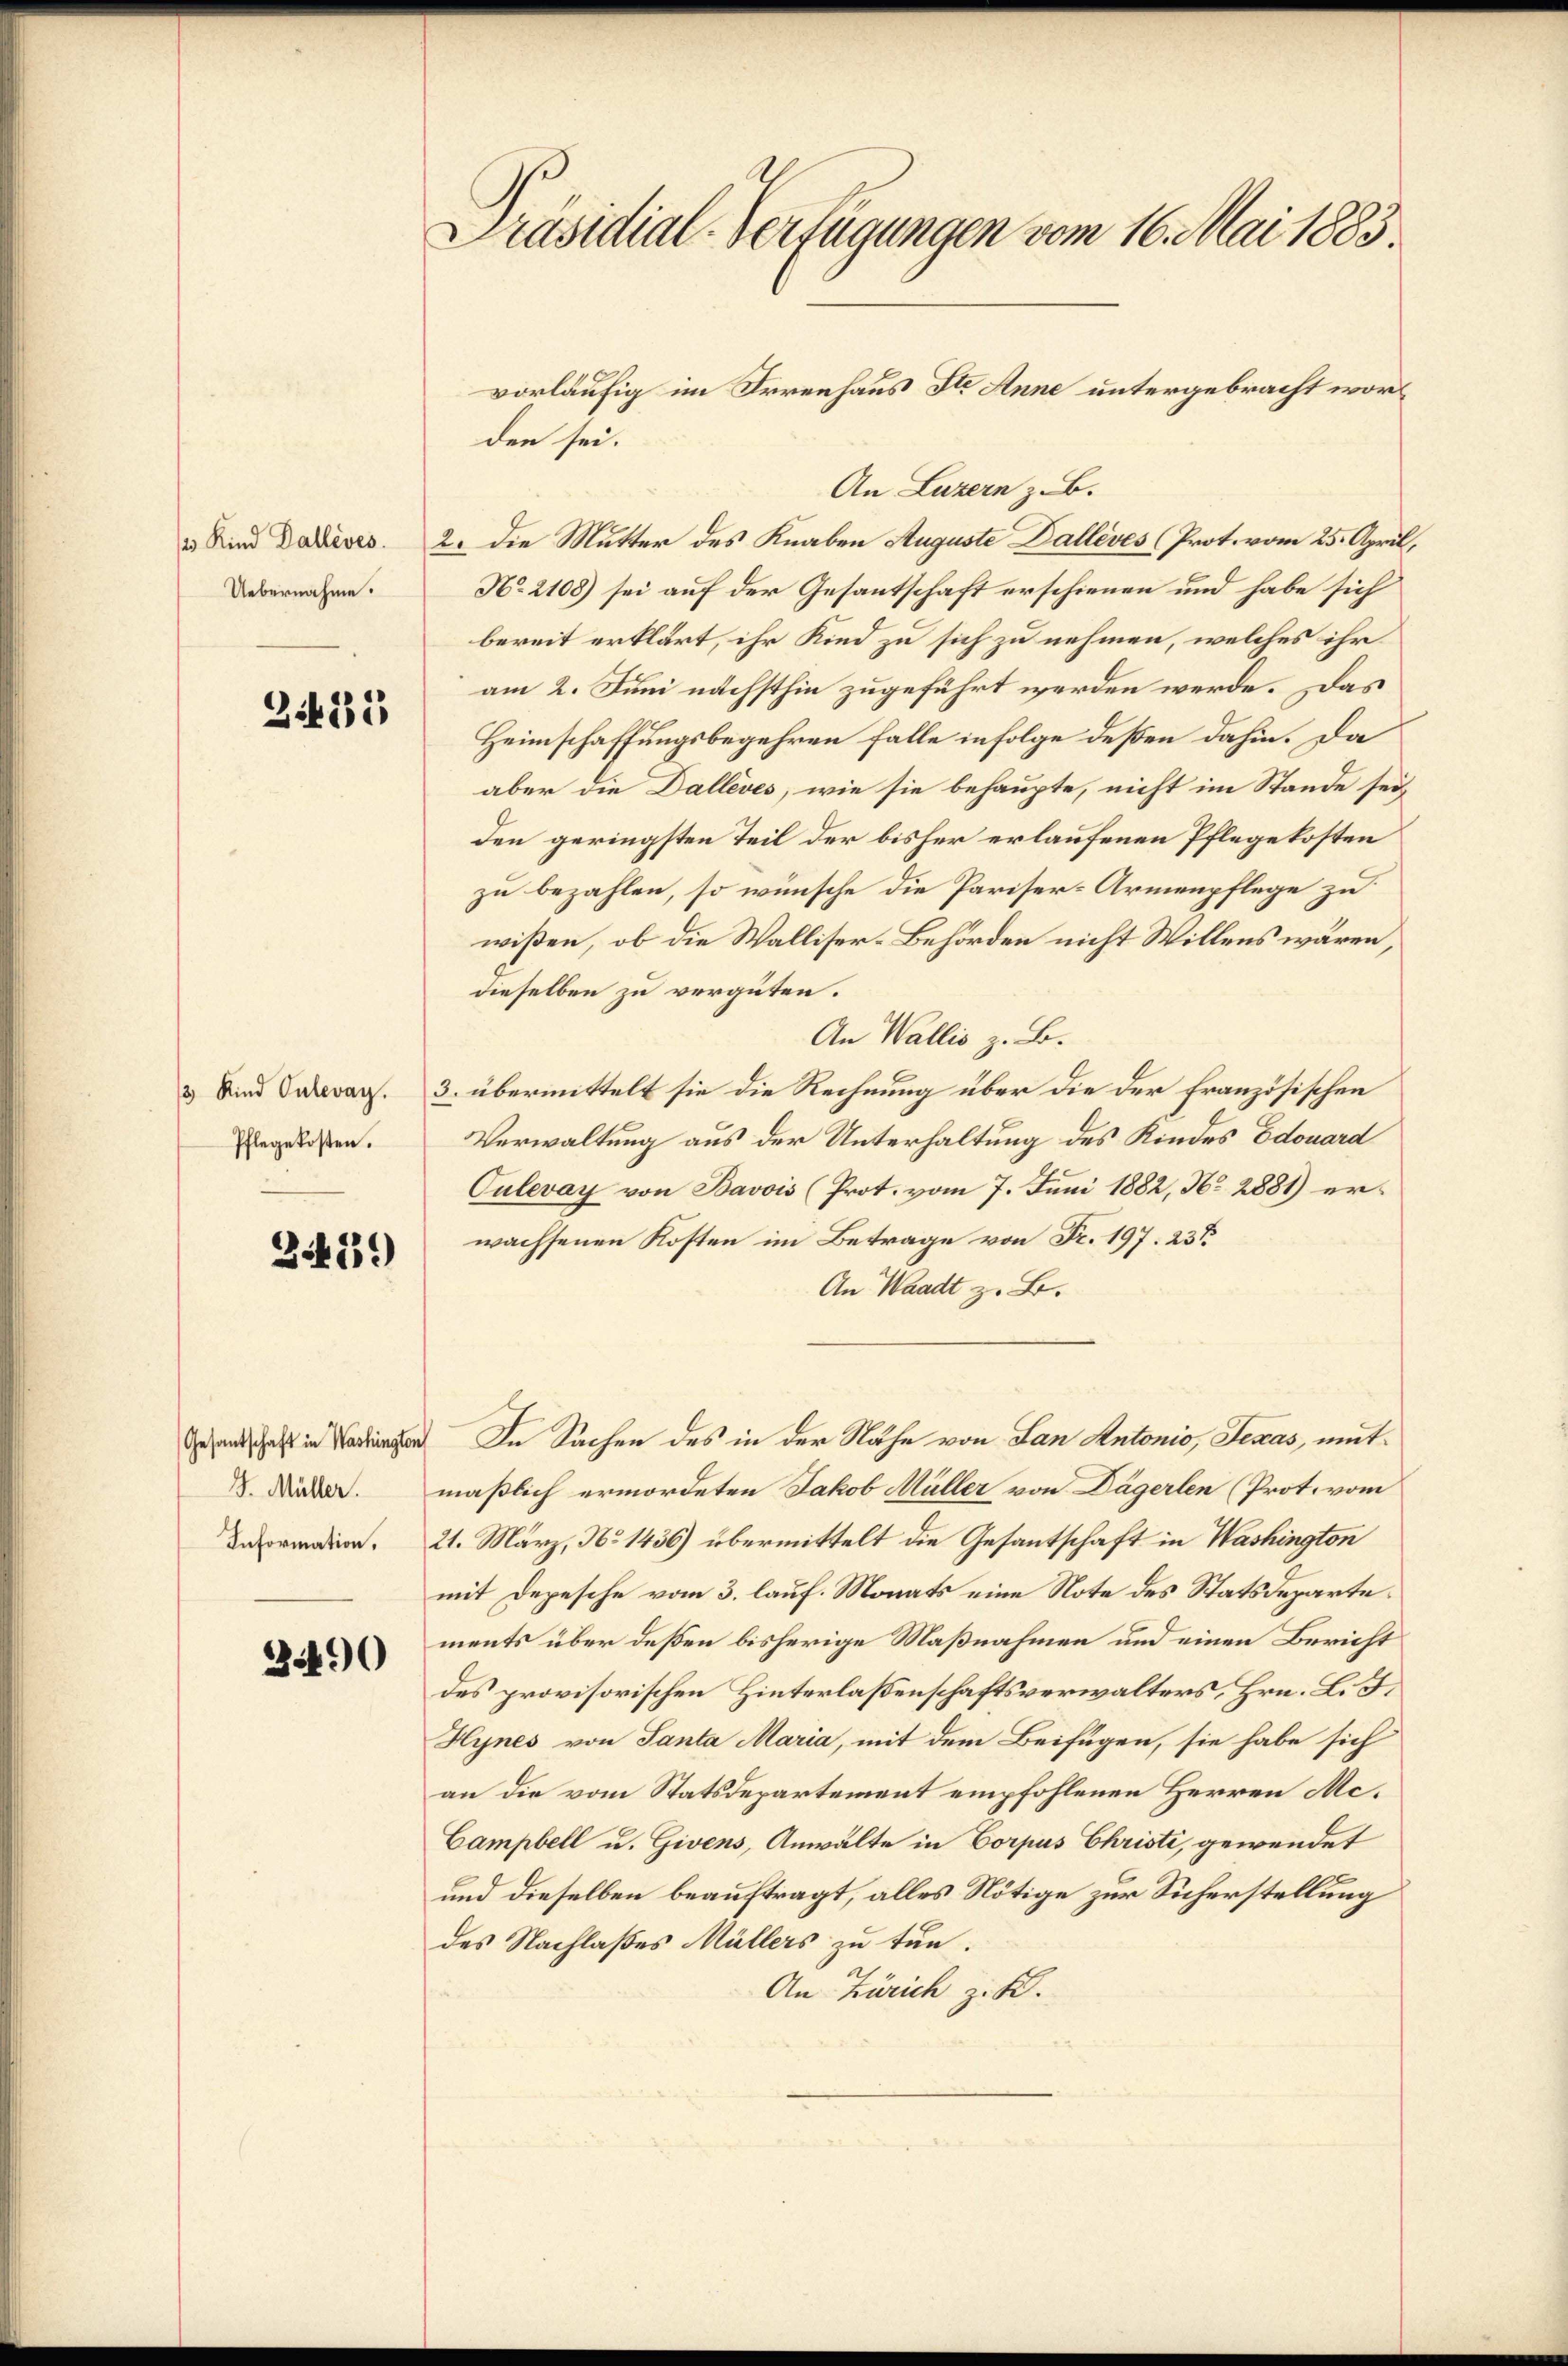
3 Kind Pallives.
Uebernahme.

2425

3 Kind Oulevag.
Pflegekosten.

24439

J. Müller.

390

Präsidial-Verfügungen vom 16. Mai 1883

den sei.
An Luzern z.B.
2. Die Mutter des Knaben Auguste Dallives (Prot. vom 25. April,
No 2108) sei auf der Gesantschaft erschienen und habe sich
bereit erklärt, ihr Kind zu sich zu nehmen, welches ihr
am 2. Juni nächsthin zugeführt werden werde. Das
Heimschaffungsbegehren falle infolge deßen dahin. Da
aber die Dalléves, wie sie behaupte, nicht im Stande seiden geringsten Teil der bisher erlaufenen Pflegekosten
zu bezahlen, so wünsche die Pariser-Armenpflege zu
wißen, ob die Walliser-Behörden nicht Willens wären,
dieselben zu vergüten.
An Wallis z. B.
3. übermittelt sie die Rechnung über die der Französischen
Verwaltung aus der Unterhaltung des Kindes Edouard
Culevay von Bavois (Prot. vom 7. Juni 1882, No 2881) erwachsenen Kosten im Betrage von Fr. 197. 23t
An Waadt z. B.
 In Sachen des in der Nähe von Lan Antonio, Jenas, mitmäßlich ermordeten Jakob Müller von Dägerlen (Prot. vom
eanden 21. März, No 1436) übermittelt die Gesantschaft in Washington
mit Depesche vom 3. lauf. Monats eine Note des Statsdepartements über deßen bisherige Maßnahmen und einen Bericht
des provisorischen Hinterlassenschaftsverwalters, Hrn. L. F.
Hynes von Santa Maria, mit dem Beifügen, sie habe sich
an die vom Statsdepartement empfohlenen Herren Me¬
Campbell u. Givens, Anwalte in Corpus Christi, gewendet
und dieselben beauftragt, alles Nötige zur Sicherstellung
des Nachlaßes Müllers zu tun.
An Zürich z. B.

vorläufig im Irrenhaus St. Anne untergebracht wor¬